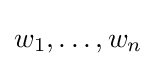
w_{1},\dots ,w_{n}